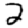
Digit: 2